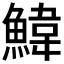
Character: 𮬄